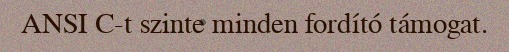
ANSI C-t szinte minden fordító támogat.